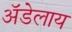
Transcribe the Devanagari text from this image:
अॅडेलाय